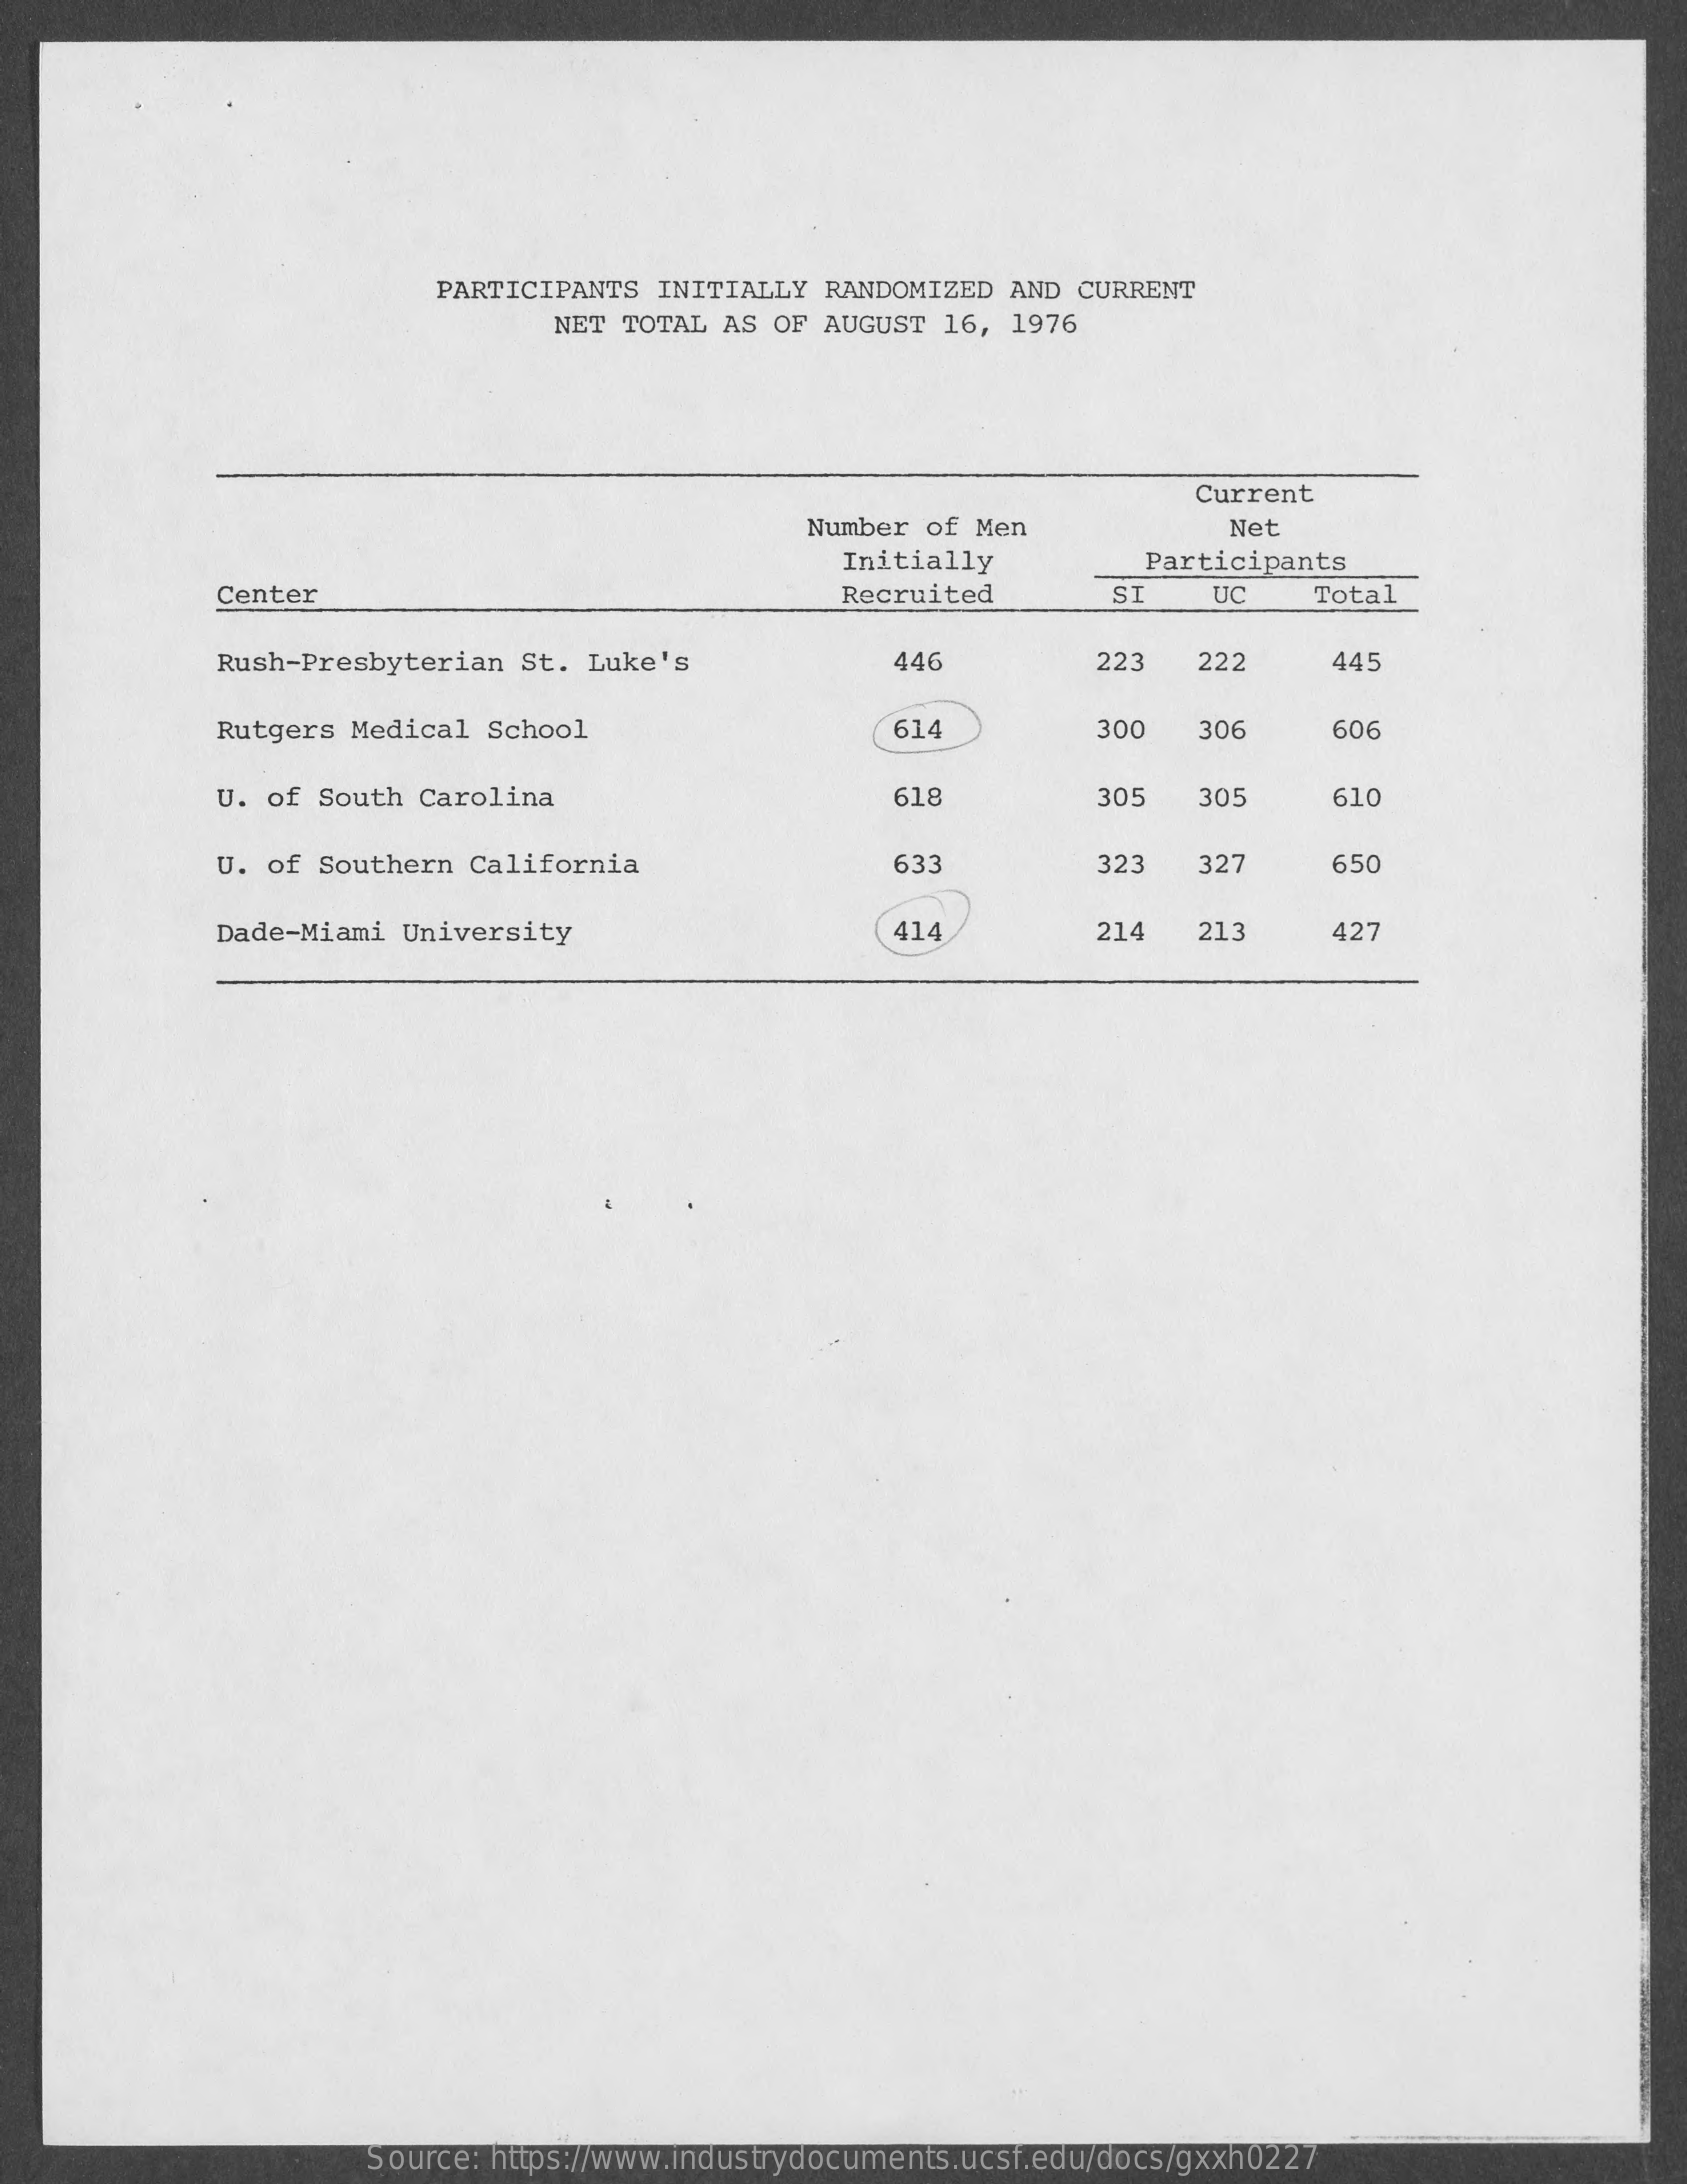
PARTICIPANTS  INITIALLY RANDOMIZED  AND CURRENT
     NET TOTAL AS OF AUGUST  16, 1976
     Current
     Number  of Men    Net
     Initially    Participants
     Center    Recruited    SI    UÇ    Total
     Rush-Presbyterian St. Luke's    446    223    222    445
     Rutgers Medical School    514    300    306    606
     U. of South Carolina    618    305    305    610
     U. of Southern California    633    323    327    650
     Dade-Miami University    114    214   213    427
     Source: https://www.industrydocuments.ucsf.edu/docs/gxxh0227